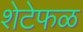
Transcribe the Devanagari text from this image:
शेटेफळ